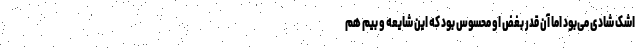
اشک شادی می‌بود اما آن قدر بغض او محسوس بود که این شایعه و بیم هم